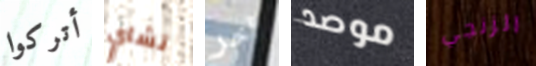
أتركوا تشاي آخر موصد الزنجي